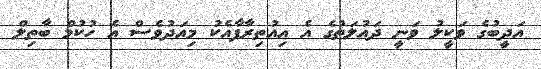
އަދީބުގެ ވަކީލު ވަނީ ދައުލަތުގެ އެ އިއުތިރާފާއެކު މިއަދުވެސް އެ ހުކުމް ބާތިލް